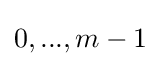
{0,...,m-1}